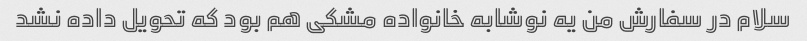
سلام در سفارش من یه نوشابه خانواده مشکی هم بود که تحویل داده نشد